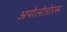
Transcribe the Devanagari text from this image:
अपोलोडोरस